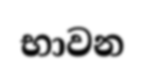
භාවන